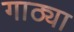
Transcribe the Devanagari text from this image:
गाठ्या